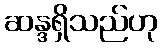
ဆန္ဒရှိသည်ဟု